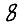
Digit: 8